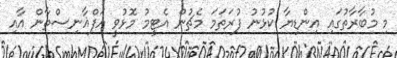
މި މުބާރާތުގައި އިންޑިޔާ ކުޅުނު ފުރަތަމަ މެޗުން އެޓީމު މޮޅުވީ އަފްޣާނިސްތާން އާއި